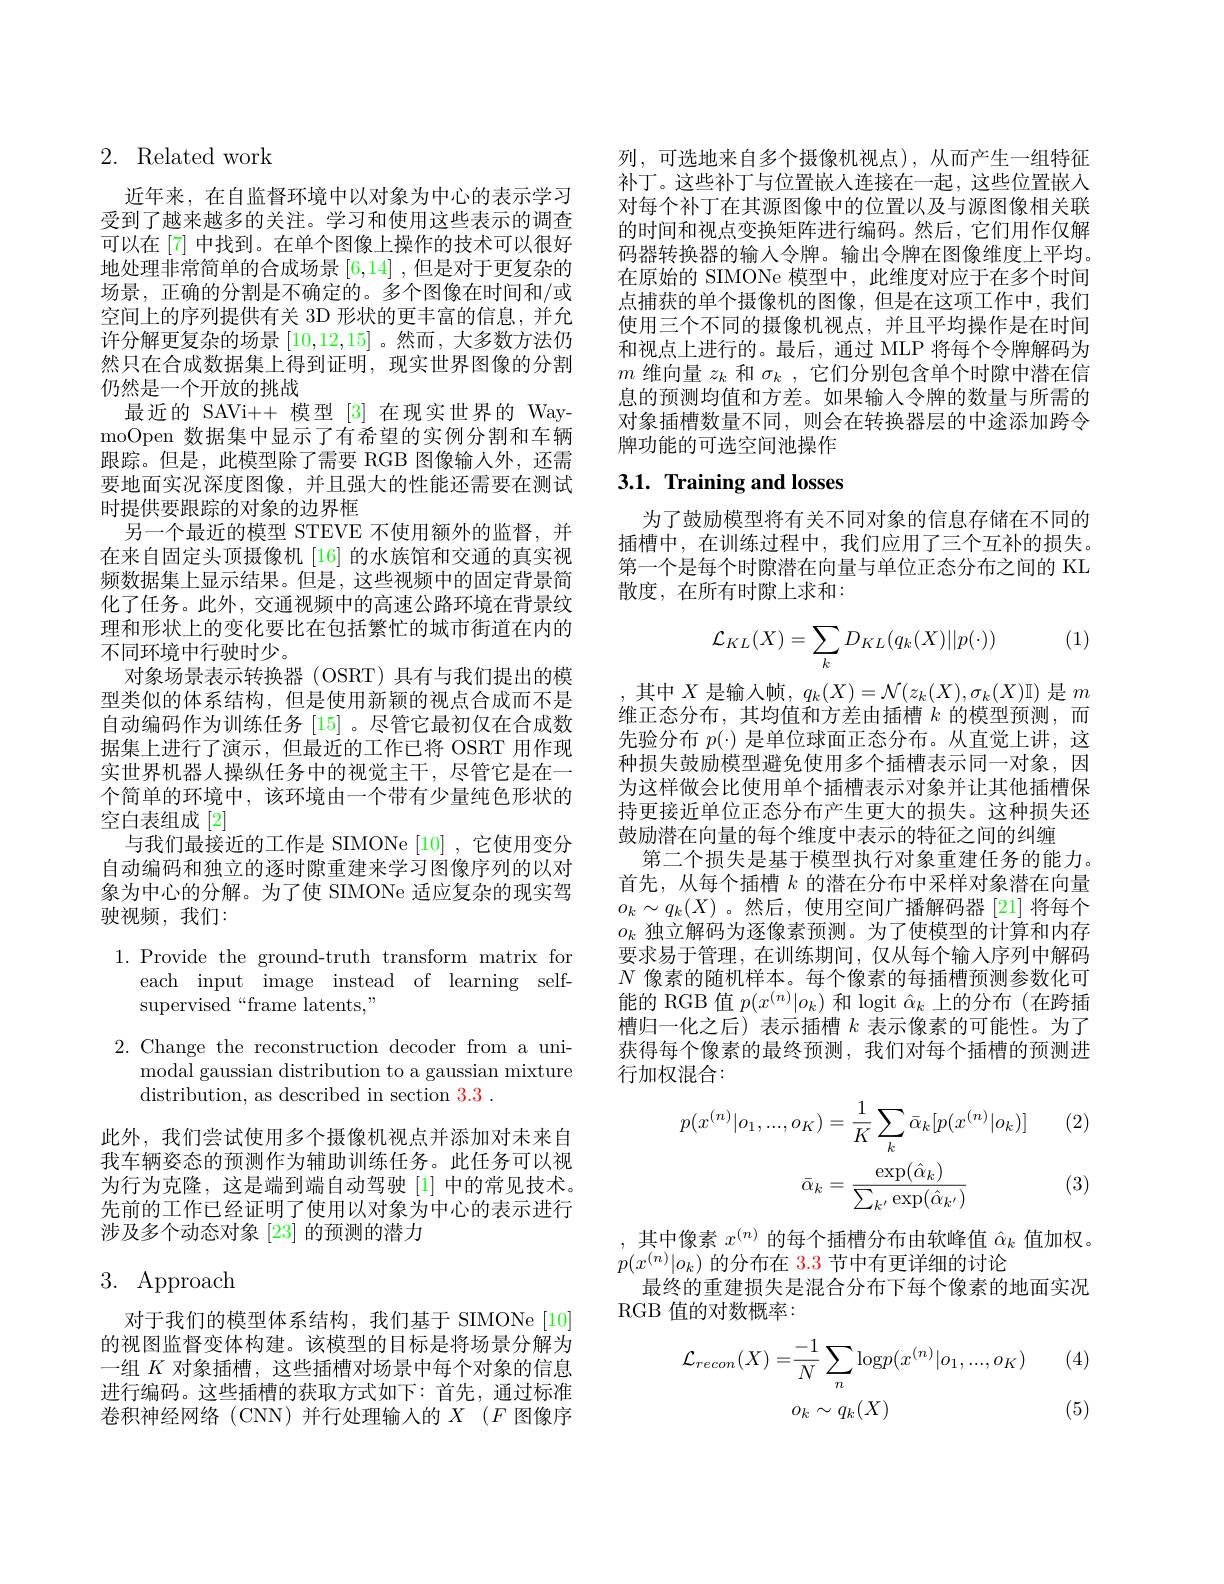
# 2. Related work

近年来，在自监督环境中以对象为中心的表示学习受到了越来越多的关注。学习和使用这些表示的调查可以在[7] 中找到。在单个图像上操作的技术可以很好地处理非常简单的合成场景[6,14] ,但是对于更复杂的场景，正确的分割是不确定的。多个图像在时间和/或空间上的序列提供有关 3D 形状的更丰富的信息，并允许分解更复杂的场景[10,12,15] 。然而 ,大多数方法仍然只在合成数据集上得到证明，现实世界图像的分割仍然是一个开放的挑战
最近的 SAVi++ 模型[3]在现实世界的 WaymoOpen 数据集中显示了有希望的实例分割和车辆跟踪。但是，此模型除了需要 RGB 图像输人外，还需要地面实况深度图像，并且强大的性能还需要在测试时提供要跟踪的对象的边界框
另一个最近的模型 STEVE 不使用额外的监督，并在来自固定头顶摄像机 [16] 的水族馆和交通的真实视频数据集上显示结果。但是，这些视频中的固定背景简化了任务。此外，交通视频中的高速公路环境在背景纹理和形状上的变化要比在包括繁忙的城市街道在内的不同环境中行驶时少。
对象场景表示转换器 (OSRT) 具有与我们提出的模型类似的体系结构，但是使用新颖的视点合成而不是自动编码作为训练任务[15] 。尽管它最初仅在合成数据集上进行了演示，但最近的工作已将 OSRT 用作现实世界机器人操纵任务中的视觉主干，尽管它是在一个简单的环境中，该环境由一个带有少量纯色形状的空白表组成[2]
与我们最接近的工作是 SIMONe [10],它使用变分自动编码和独立的逐时隙重建来学习图像序列的以对象为中心的分解。为了使 SIMONe 适应复杂的现实驾驶视频，我们：

1.Provide the ground-truth transform matrix for
each input image instead of learning self-
supervised“frame latents,”

2. Change the reconstruction decoder from a uni-
modal gaussian distribution to a gaussian mixture
distribution, as described in section 3.3.

此外，我们尝试使用多个摄像机视点并添加对未来自我车辆姿态的预测作为辅助训练任务。此任务可以视为行为克隆，这是端到端自动驾驶[1]中的常见技术。先前的工作已经证明了使用以对象为中心的表示进行涉及多个动态对象 [23] 的预测的潜力

# 3. Approach

对于我们的模型体系结构，我们基于 SIMONe[10] 的视图监督变体构建。该模型的目标是将场景分解为一组$K$对象插槽，这些插槽对场景中每个对象的信息进行编码。这些插槽的获取方式如下：首先，通过标准卷积神经网络(CNN)并行处理输入的$X$ $( F$ 图像序

列，可选地来自多个摄像机视点),从而产生一组特征补丁。这些补丁与位置嵌人连接在一起，这些位置嵌入对每个补丁在其源图像中的位置以及与源图像相关联的时间和视点变换矩阵进行编码。然后，它们用作仅解码器转换器的输入令牌。输出令牌在图像维度上平均。在原始的 SIMONe 模型中，此维度对应于在多个时间点捕获的单个摄像机的图像，但是在这项工作中，我们使用三个不同的摄像机视点，并且平均操作是在时间和视点上进行的。最后，通过 MLP 将每个令牌解码为$m$维向量$z_k$和$\sigma_k$,它们分别包含单个时隙中潜在信息的预测均值和方差。如果输人令牌的数量与所需的对象插槽数量不同，则会在转换器层的中途添加跨令牌功能的可选空间池操作

# 3.1. Training and losses

为了鼓励模型将有关不同对象的信息存储在不同的插槽中，在训练过程中，我们应用了三个互补的损失。第一个是每个时隙潜在向量与单位正态分布之间的 KL 散度，在所有时隙上求和：

(1)
$$\mathcal{L}_{KL}(X)=\sum_{k}D_{KL}(q_{k}(X)||p(\cdot))$$
,其中$X$是输入帧$,q_k(X)=\mathcal{N}(z_k(X),\sigma_k(X)\mathbb{I})$是$m$ 维正态分布，其均值和方差由插槽$k$的模型预测，而先验分布$p(\cdot)$是单位球面正态分布。从直觉上讲，这种损失鼓励模型避免使用多个插槽表示同一对象，因为这样做会比使用单个插槽表示对象并让其他插槽保持更接近单位正态分布产生更大的损失。这种损失还鼓励潜在向量的每个维度中表示的特征之间的纠缠
第二个损失是基于模型执行对象重建任务的能力。首先，从每个插槽$k$的潜在分布中采样对象潜在向量$o_k\sim q_k(X)$。然后，使用空间广播解码器 [21] 将每个$o_k$独立解码为逐像素预测。为了使模型的计算和内存要求易于管理，在训练期间，仅从每个输人序列中解码$N$像素的随机样本。每个像素的每插槽预测参数化可能的 RGB 值$p(x^{(n)}|o_k)$和 logit $\hat{\alpha}_k$上的分布(在跨插槽归一化之后) 表示插槽$k$表示像素的可能性。为了获得每个像素的最终预测，我们对每个插槽的预测进行加权混合：

(2)
$$p(x^{(n)}|o_{1},...,o_{K})=\frac{1}{K}\sum_{k}\bar{\alpha}_{k}[p(x^{(n)}|o_{k})]\\\bar{\alpha}_{k}=\frac{\exp(\hat{\alpha}_{k})}{\sum_{k^{\prime}}\exp(\hat{\alpha}_{k^{\prime}})}$$
(3)

,其中像素$x^(n)$的每个插槽分布由软峰值$\hat{\alpha}_k$值加权。
$p(x^{(n)}|o_k)$的分布在 3.3 节中有更详细的讨论
最终的重建损失是混合分布下每个像素的地面实况
RGB 值的对数概率：

(4)
$$\mathcal{L}_{recon}(X)=\frac{-1}{N}\sum_{n}\mathrm{log}p(x^{(n)}|o_{1},...,o_{K})\\o_{k}\sim q_{k}(X)$$
(5)